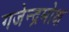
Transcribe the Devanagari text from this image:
गजेन्द्रमोक्ष